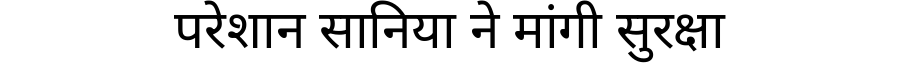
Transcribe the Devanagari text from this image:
परेशान सानिया ने मांगी सुरक्षा